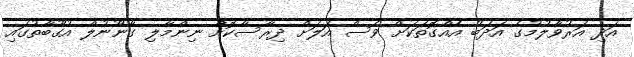
އަދި އަރުވާލުމުގެ އަދަބު އެއްގޮތަކަށް ވެސް އަލަށް ދިރާސާކޮށް ނިންމާލި ގާނޫނުލް އުގޫބާތުގައި